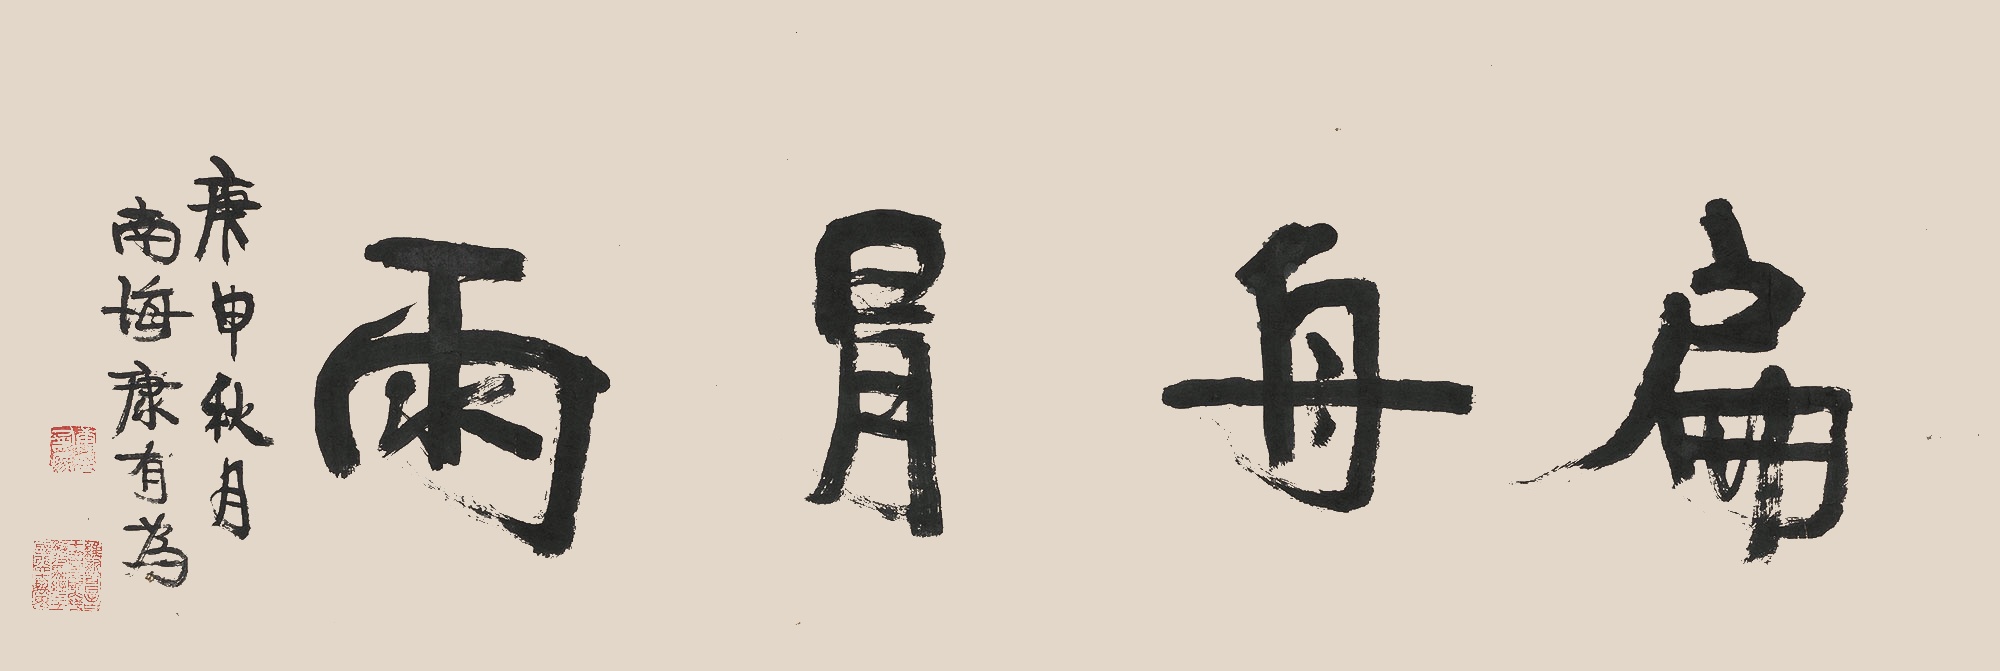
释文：扁舟冒雨庚申秋月，南海康有为。